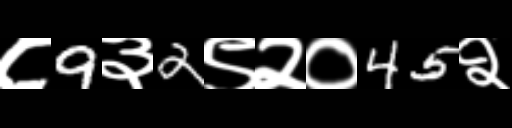
Text: ८9३2९२०45२